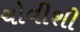
ચોવીશી